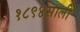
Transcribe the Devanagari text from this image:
१८९४साली